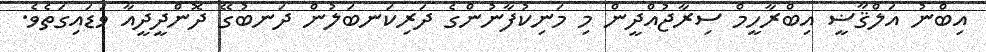
އިބްނު އަލްޤާޟީ އިބްރާހީމް ސިރާޖުއްދީން މި މަނިކުފާނުންގެ ދަރިކަނބަލުން ދަނބުގޭ ދޮންދީދީއާ ވަޑައިގަތެވެ.